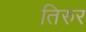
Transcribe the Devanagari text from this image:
तिरुर